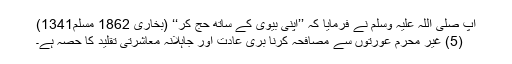
آپ صلی اللہ علیہ وسلم نے فرمایا کہ ’’اپنی بیوی کے ساتھ حج کر‘‘ (بخاری 1862 مسلم1341)
(5) غیر محرم عورتوں سے مصافحہ کرنا بری عادت اور جاہلانہ معاشرتی تقلید کا حصہ ہے۔